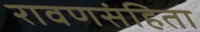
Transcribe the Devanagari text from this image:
रावणसंहिता